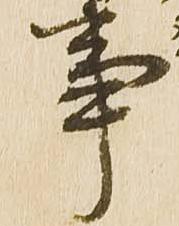
事